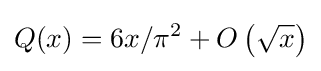
Q(x)=6x/\pi ^{2}+O\left({\sqrt {x}}\right)